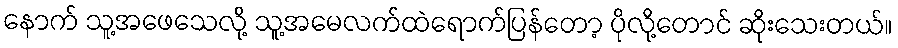
နောက် သူ့အဖေသေလို့ သူ့အမေလက်ထဲရောက်ပြန်တော့ ပိုလို့တောင် ဆိုးသေးတယ်။